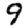
Digit: 9